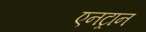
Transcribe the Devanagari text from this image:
एनट्रान